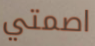
اصمتي